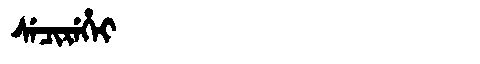
Manchu: ᠰᡝᠴᡳᡵᡝᡥᡝᡳ
Romanization: SECIREHEI